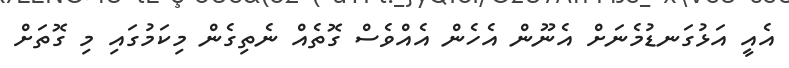
އެއީ އަޅުގަނޑުމެނަށް އެނޫން އެހެން އެއްވެސް ގޮތެއް ނެތިގެން މިކަމުގައި މި ގޮތަށް